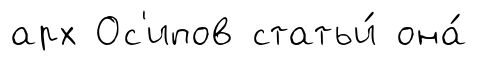
арх Ос'ипов статьи́ она́